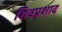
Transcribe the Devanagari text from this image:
शिवप्रशाद